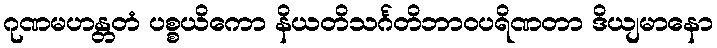
ဂုဏမဟန္တတံ ပစ္စယိကော နိယတိသင်္ဂတိဘာဝပရိဏတာ ဒိယျမာနော